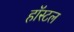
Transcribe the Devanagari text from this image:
हाॅस्टल